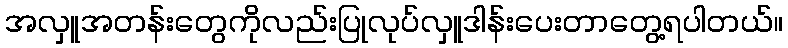
အလှူအတန်းတွေကိုလည်းပြုလုပ်လှူဒါန်းပေးတာတွေ့ရပါတယ်။